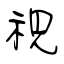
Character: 視